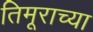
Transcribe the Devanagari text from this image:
तिमूराच्या